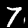
Digit: 7